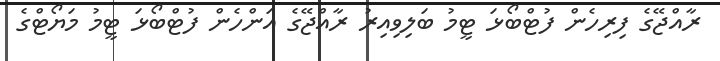
ރާއްޖޭގެ ފިރިހެން ފުޓްބޯޅަ ޓީމު ބަލިވިއިރު ރާއްޖޭގެ އަންހެން ފުޓްބޯޅަ ޓީމު މަޔޯޓްގެ